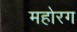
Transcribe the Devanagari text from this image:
महोरग